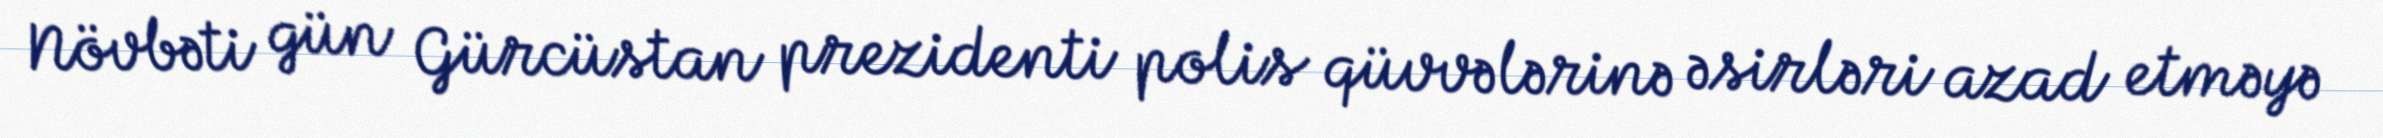
Növbəti gün Gürcüstan prezidenti polis qüvvələrinə əsirləri azad etməyə